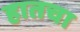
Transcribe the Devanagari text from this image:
हातचा